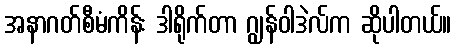
အနာဂတ်စီမံကိန်း ဒါရိုက်တာ ဂျွန်ဝါဒဲလ်က ဆိုပါတယ်။